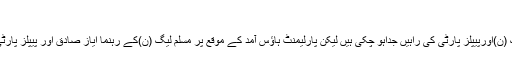
ایف ...
اسلام آباد: وزیراعظم کے انتخاب کے معاملے پر مسلم لیگ (ن)اورپیپلز پارٹی کی راہیں جداہو چکی ہیں لیکن پارلیمنٹ ہاﺅس آمد کے موقع پر مسلم لیگ (ن)کے رہنما ایاز صادق اور پیپلز پارٹی کے رہنما خورشید شاہ ایک ہی گاڑی میں تشریف لائے ۔